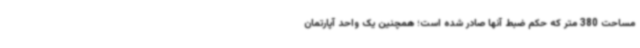
مساحت 380 متر که حکم ضبط آنها صادر شده است؛ همچنین یک واحد آپارتمان